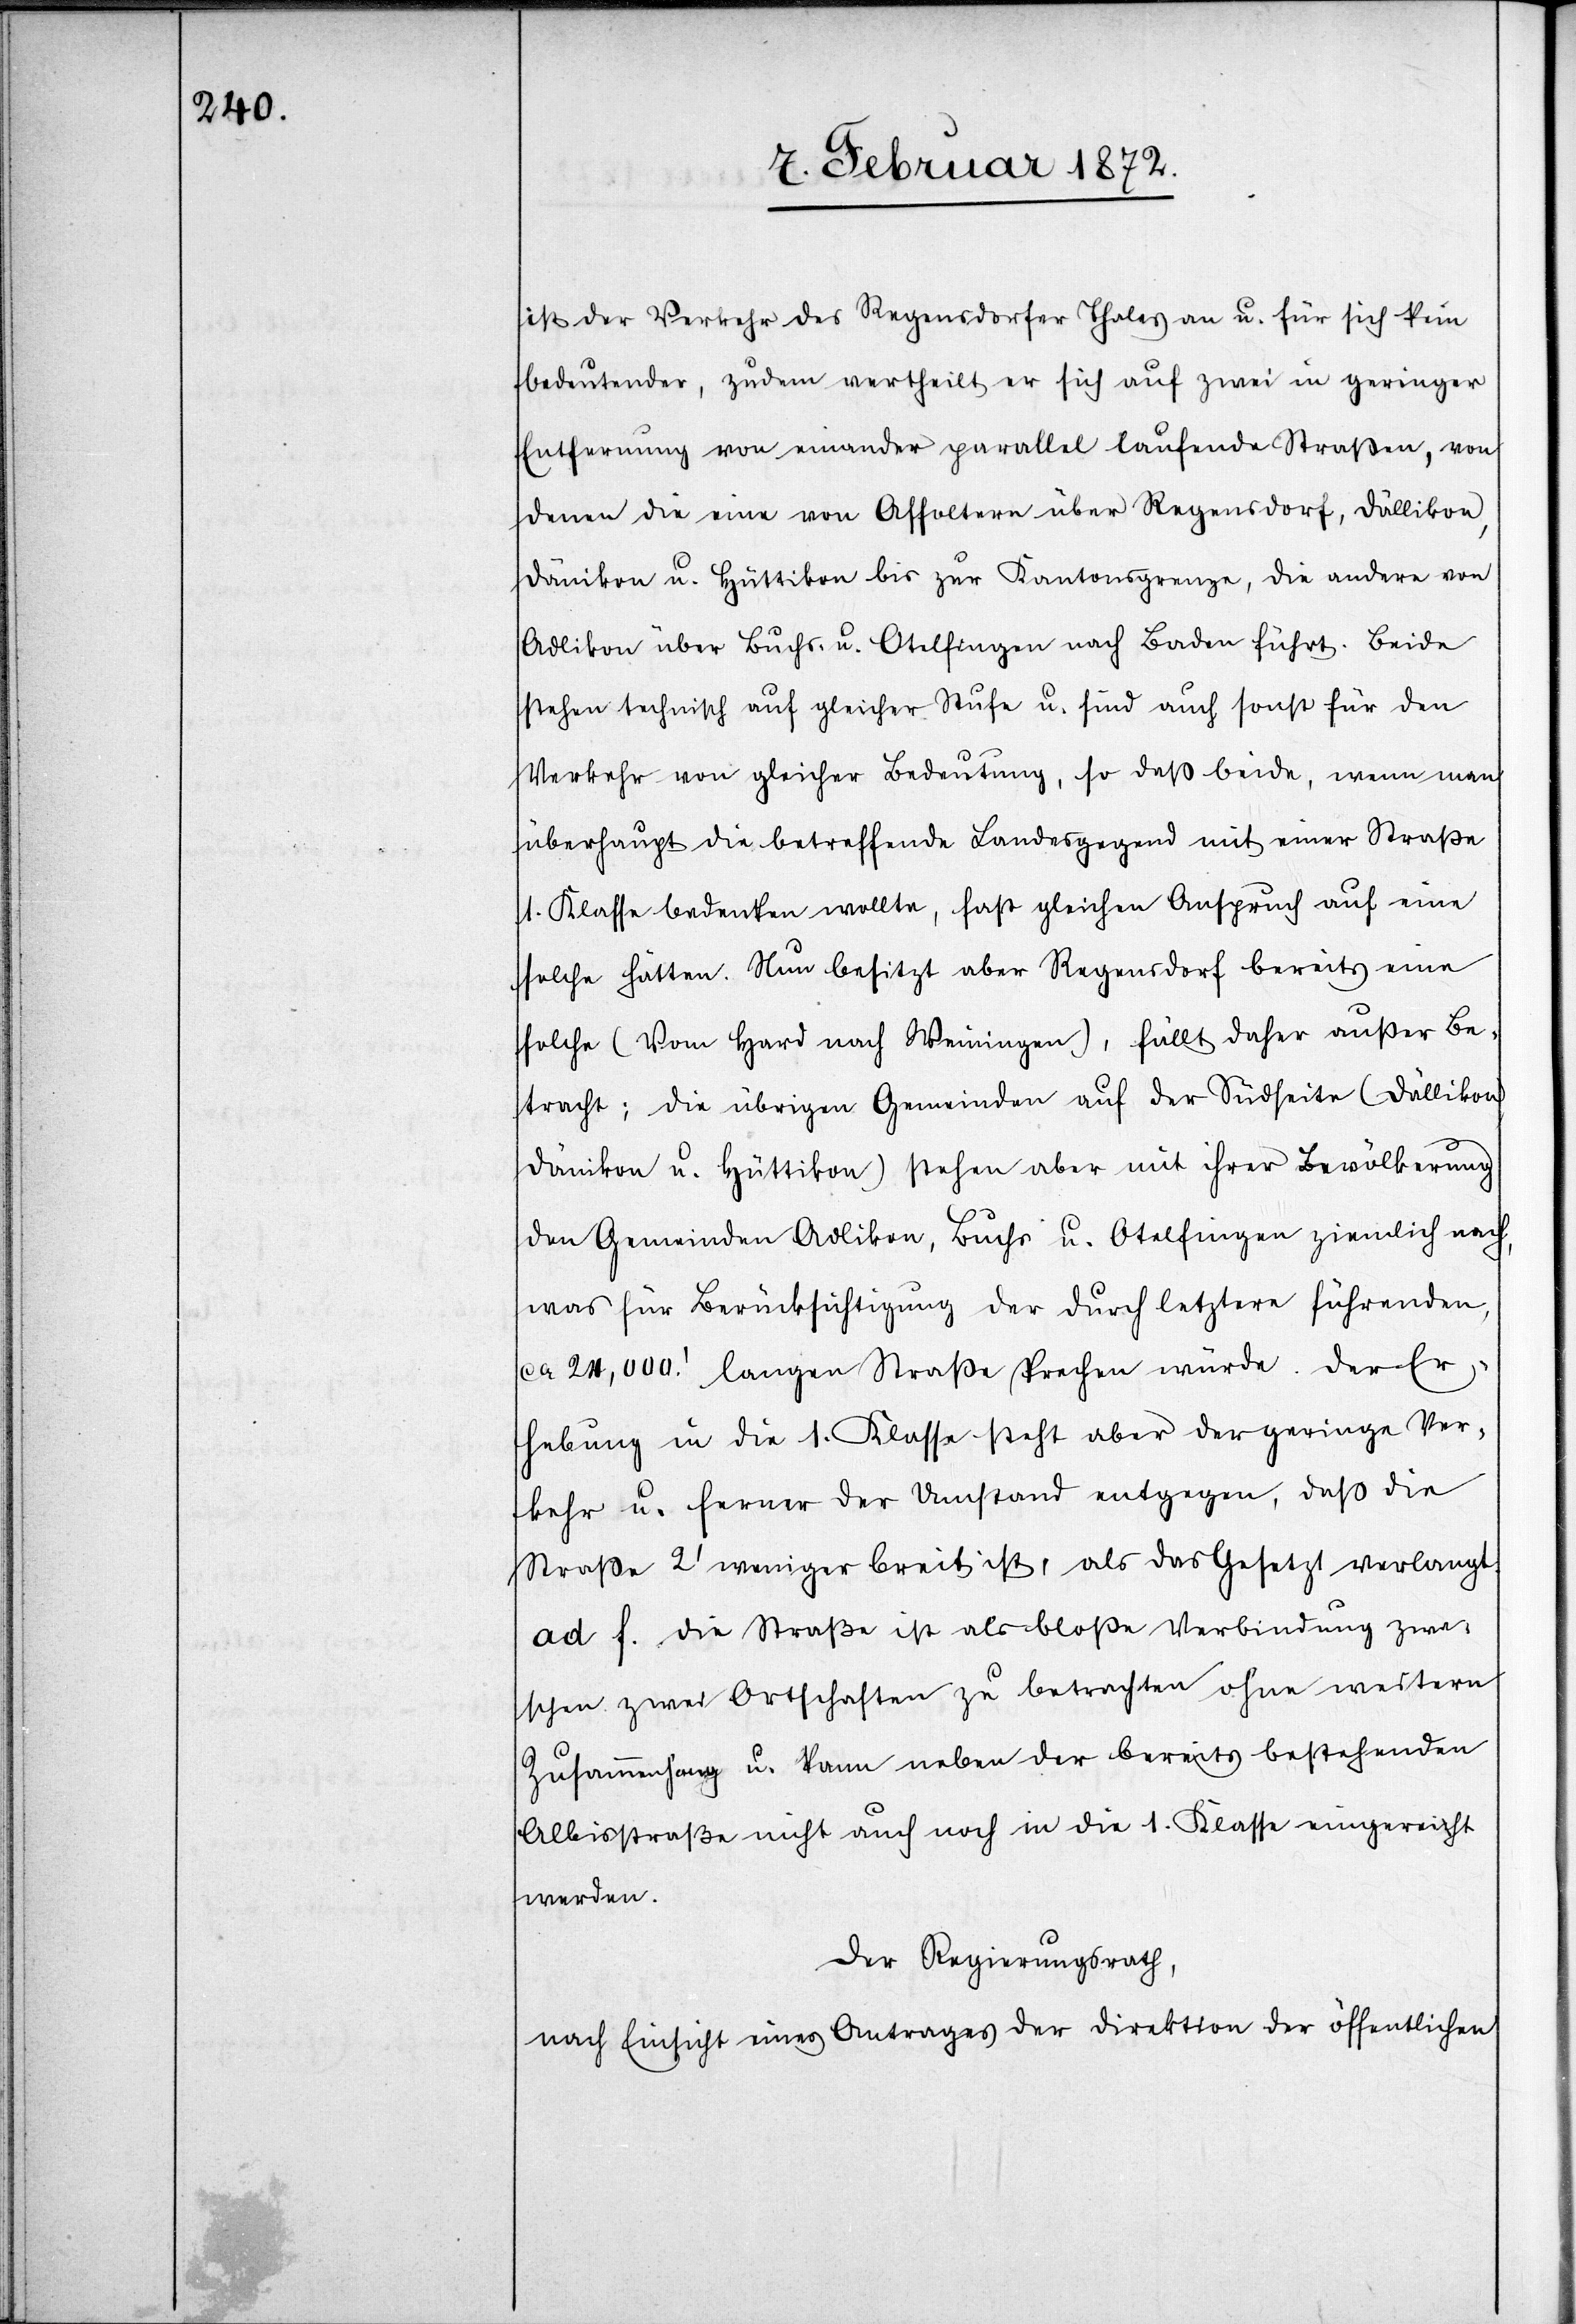
ist der Verkehr des Regensdorfer Thales an u. für sich kein
bedeutender, zudem vertheilt er sich auf zwei in geringer
Entfernung von einander parallel laufende Straßen, von
denen die eine von Affoltern über Regensdorf, Dällikon,
Dänikon u. Hüttikon bis zur Kantonsgrenze, die andere von
Adlikon über Buchs u. Otelfingen nach Baden führt. Beide
stehen technisch auf gleicher Stufe u. sind auch sonst für den
Verkehr von gleicher Bedeutung, so daß beide, wenn man
überhaupt die betreffende Landesgegend mit einer Straße
1. Klasse bedenken wollte, fast gleichen Anspruch auf eine
solche hätten. Nun besitzt aber Regensdorf bereits eine
solche (Vom Hard nach Weiningen), fällt daher außer Be¬
tracht; die übrigen Gemeinden auf der Südseite (Dällikon,
Dänikon u. Hüttikon) stehen aber mit ihrer Bevölkerung
den Gemeinden Adlikon, Buchs u. Otelfingen ziemlich nach,
was für Berücksichtigung der durch letztern führenden,
ca 24,000.’ langen Straße sprechen würde. Der Er¬
hebung in die 1. Klasse steht aber der geringe Ver¬
kehr u. ferner der Umstand entgegen, daß die
Straße 2’ weniger breit ist, als das Gesetz verlangt.
ad f. Die Straße ist als bloße Verbindung zwi¬
schen zwei Ortschaften zu betrachten ohne weitern
Zusammenhang u. kann neben der bereits bestehenden
Albisstraße nicht auch noch in die 1. Klasse eingereiht
werden.
Der Regierungsrath,
nach Einsicht eines Antrages der Direktion der öffentlichen